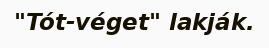
"Tót-véget" lakják.